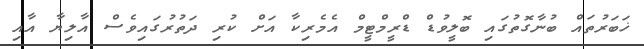
ޚަބަރުތައް ބުނާގޮތުގައި ބޮލީވުޑް ޑްރީމްޓީމް އެމެރިކާ އަށް ކުރި ދަތުރުގައިވެސް އާލިޔާ އާއި